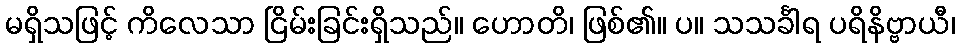
မရှိသဖြင့် ကိလေသာ ငြိမ်းခြင်းရှိသည်။ ဟောတိ၊ ဖြစ်၏။ ပ။ သသင်္ခါရ ပရိနိဗ္ဗာယီ၊